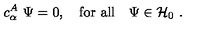
c _ { \alpha } ^ { A } \ \Psi = 0 , \quad \mathrm { f o r \ a l l } \quad \Psi \in { \mathcal H } _ { 0 } \ .